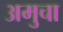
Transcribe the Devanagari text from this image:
अमुचा